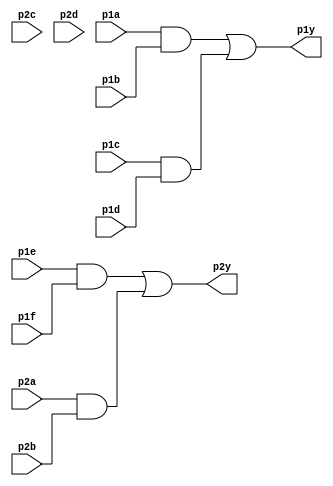
module top_module ( 
    input p1a, p1b, p1c, p1d, p1e, p1f,
    output p1y,
    input p2a, p2b, p2c, p2d,
    output p2y );

  wire w1, w2, w3, w4;

  // AND gates
  assign w1 = p1a & p1b;
  assign w2 = p1c & p1d;
  assign w3 = p1e & p1f;
  assign w4 = p2a & p2b;

  // OR gates
  assign p1y = w1 | w2;
  assign p2y = w3 | w4;

endmodule